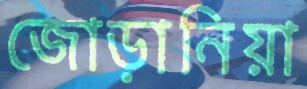
জোড়ানিয়া